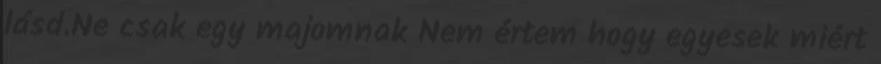
lásd.Ne csak egy majomnak Nem értem hogy egyesek miért